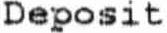
DEPOSIT